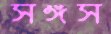
সঙ্গস